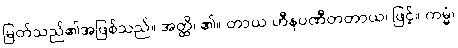
မြတ်သည်၏အဖြစ်သည်။ အတ္ထိ၊ ၏။ တာယ ဟီနပဏီတတာယ၊ ဖြင့်။ ကမ္မံ၊